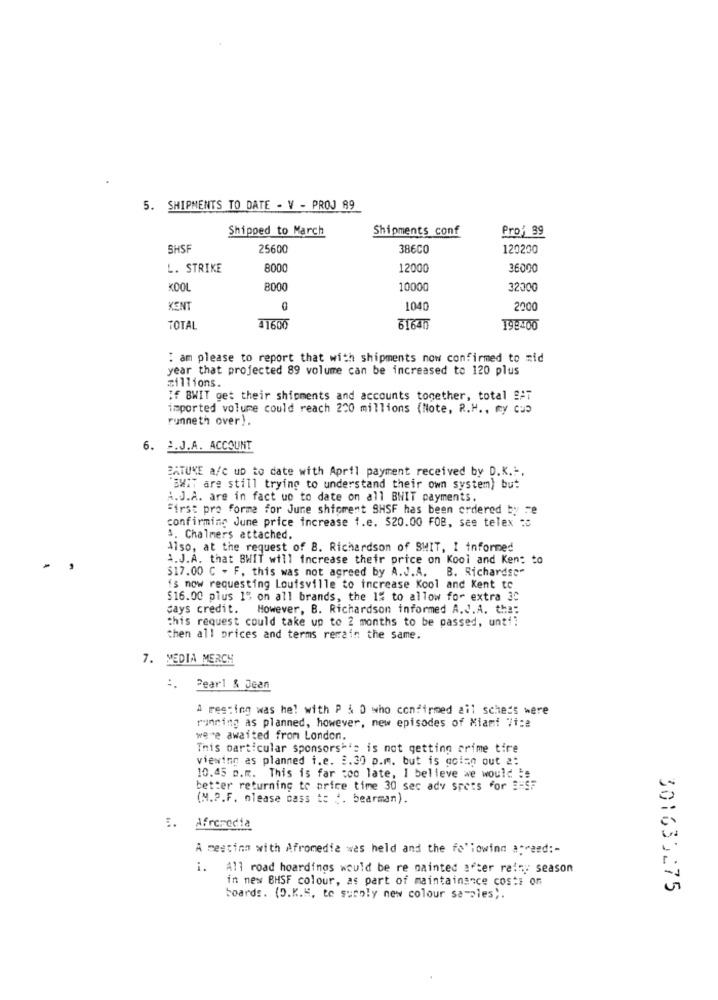
5. SHIPMENTS TO DATE - V - PROJ 89
Shipped to March
Shipments conf
Pro: 99
SHSF
25600
386CO
120200
L. STRIKE
8000
12000
36000
8000
10000
32300
KENT
0
1040
2000
TOTAL
31600
31640
198-00
: am please to report that with shipments now confirmed to mid
year that projected 89 volume can be increased to 120 plus
millions.
If BWIT get their shipments and accounts together, total SAT
imported volume could reach 220 millions (Note, R.H ., my Cup
runneth over).
6. 2.J.A. ACCOUNT
BATUKE a/c up to date with April payment received by D.K ...
"BWIT are still trying to understand their own system) but
H.J.A. are in fact uo to date on all BNIT payments.
First pro forma for June shioment 9HSF has been ordered by re
confirming June price increase 1.e. $20.00 FOB, see telex :5
4. Chalmers attached.
Also, at the request of B. Richardson of SHIT, I informed
4.J.A. that BWIT will increase their price on Kool and Ken: to
$17.00 C - F. this was not agreed by A.J.A. B. Richardsc"
is now requesting Louisville to increase Kool and Kent to
$16.00 plus 15 on all brands, the 1% to allow for extra 30
days credit. However, B. Richardson informed A.J.A. the:
this request could take up to 2 months to be passed, unt !!
then all prices and terms remain the same.
7. MEDIA MERCH
Pearl & Jean
A meeting was he! with P & D who confirmed ail schets were
rinning as planned, however, new episodes of Miami 7t:e
were awaited from London.
This particular sponsors*': is not getting crime tire
viewing as planned i.e. 3.30 p.m. but is going out 2:
10.45 o.m. This is far too late, I believe we would ##
better returning to price time 30 sec ady spets for == SF
(M.P.F. please cass t: ". bearman).
5. Afromedia
A meeting with Afromedia was held and the following acreed :-
i. All road hoardings would be re mainted after relay season
in new BHSF colour, as part of maintainance costs on
301633275
boards. (D.K.H. to supply new colour samples ;.